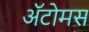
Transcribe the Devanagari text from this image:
अॅटोमस